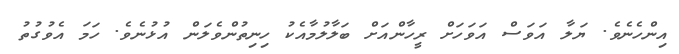
އިންހެނެވެ. ޔަލާ އަވަސް އަވަހަށް ރީހާންއަށް ބަލާލުމާއެކު ހިނިތުންވެލަން އުޅުނެވެ. ހަމަ އެވުގުތު